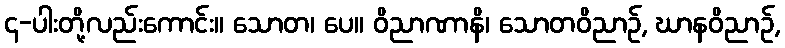
၄-ပါးတို့လည်းကောင်း။ သောတ၊ ပေ။ ဝိညာဏာနိ၊ သောတဝိညာဉ်, ဃာနဝိညာဉ်,